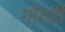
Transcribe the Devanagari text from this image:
गोरडी